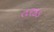
તરકડ